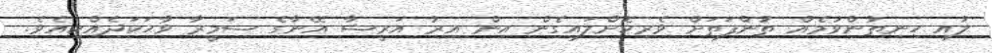
ލުއި ހިނިތުންވުމެއް ތުންފަތަށް ވެރިކޮށްލައިގެން އިން އިރު އަރީޝާ އޭނާގެ ޟަމީރާ ވާހަކަދެއްކިއެވެ.